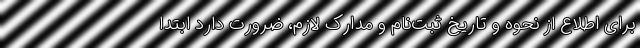
برای اطلاع از نحوه و تاریخ ثبت‌نام و مدارک لازم، ضرورت دارد ابتدا